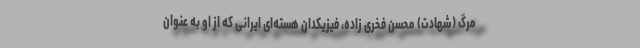
مرگ (شهادت) محسن فخری زاده، فیزیکدان هسته‌ای ایرانی که از او به عنوان